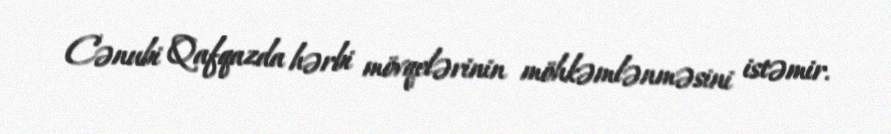
Cənubi Qafqazda hərbi mövqelərinin möhkəmlənməsini istəmir.